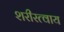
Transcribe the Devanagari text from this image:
शरीरत्वाय